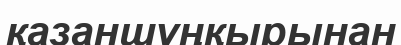
қазаншұңқырынан